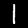
Digit: 1